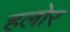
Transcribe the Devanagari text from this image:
हलोर